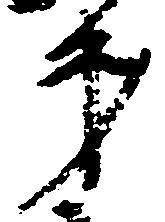
第